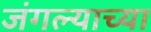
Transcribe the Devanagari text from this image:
जंगल्याच्या